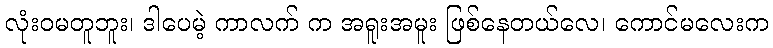
လုံးဝမတူဘူး၊ ဒါပေမဲ့ ကာလက် က အရူးအမူး ဖြစ်နေတယ်လေ၊ ကောင်မလေးက